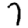
Digit: 7